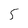
Character: 5